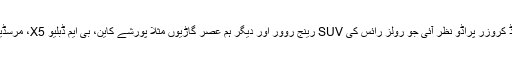
یہی وجہ ہے کہ ماضی قریب میں ہمیں معروف برانڈ لینڈ کروزر کے زمرے میں جدید اور پرتعیش لینڈ کروزر پراڈو نظر آئی جو رولز رائس کی SUV رینج روور اور دیگر ہم عصر گاڑیوں مثلاً پورشے کاین، بی ایم ڈبلیو X5، مرسڈیز G ویگن اور مستقبل قریب میں پیش کی جانے والی بینٹلے اور لمبورگینی کا بھی مقابلہ کرسکتی ہے۔